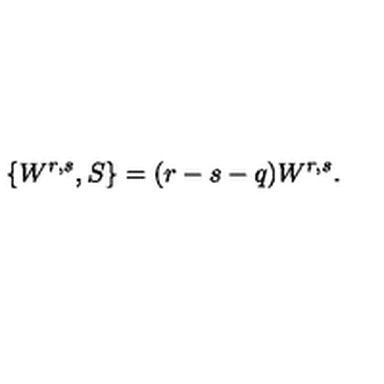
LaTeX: \{ W ^ { r , s } , S \} = ( r - s - q ) W ^ { r , s } .